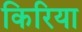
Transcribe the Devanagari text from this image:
किरिया